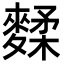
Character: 𪍚